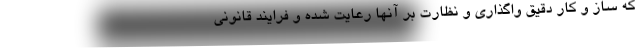
که ساز و کار دقیق واگذاری و نظارت بر آنها رعایت شده و فرایند قانونی